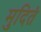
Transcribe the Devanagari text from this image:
मुदितं